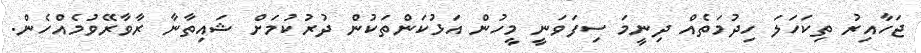
ޖަހާއިރު ތިކަހަލަ ހިދުމަތެއް ދިނީމަ ސިފަވަނީ މީހުން އަޅުކަންތަކުން ދުރުކުމަށް ޝައިތާނާ ރާވާރޭވުމެއްހެން.